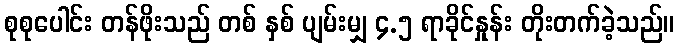
စုစုပေါင်း တန်ဖိုးသည် တစ် နှစ် ပျမ်းမျှ ၄.၅ ရာခိုင်နှုန်း တိုးတက်ခဲ့သည်။